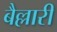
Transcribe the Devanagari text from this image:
बैल्लारी